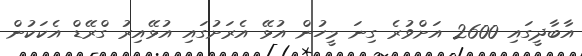
އާބާދީގައި 2600 އަށްވުރެ ގިނަ މީހުން އުޅޭ އެރަށުގައި އުޅޭއިރު ގްރޭޑް އެކަކުން